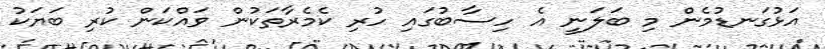
އަޅުގަނޑުމެން މި ބަލަނީ އެ ހިސާބުގައި ހުރި ކެމެރާތަކުން ވައްކަން ކުރި ބަޔަކު